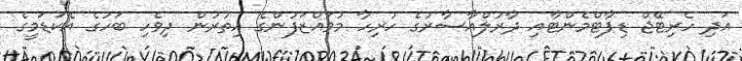
އަދި ހެރިޓޭޖް ޑިޕާޓްމެންޓާއި ދާރުލްއާސާރުގެ ހުރިހާ މުވައްޒަފުންގެ އިތުރުން ދިވެހި ބަހުގެ އެކަޑަމީގެ